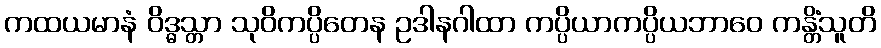
ကထယမာနံ ဝိဒ္ဓသ္တာ သုဝိကပ္ပိတေန ဥဒါနဂါထာ ကပ္ပိယာကပ္ပိယဘာဝေ ကန္တိံသူတိ